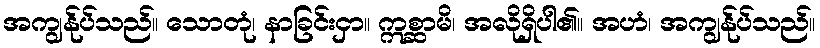
အကျွန်ုပ်သည်။ သောတုံ၊ နာခြင်းငှာ။ ဣစ္ဆာမိ၊ အလိုရှိပါ၏။ အဟံ၊ အကျွန်ုပ်သည်။